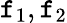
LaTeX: \mathtt{f}_{1},\mathtt{f}_{2}